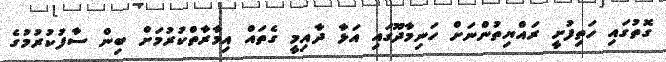
ގޮތުގައި ހަތިފުށީ ރައްޔިތުންނަށް ހަނިމާދޫގައި އަޅާ ދާއިމީ ގެތައް އިމާރާތްކުރުމަށް ބިން ސާފުކުރުމުގެ